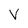
Character: V